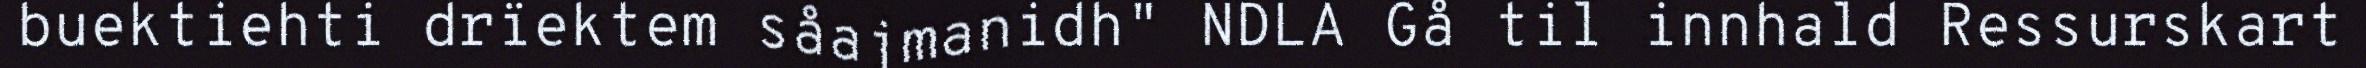
buektiehti drïektem såajmanidh" NDLA Gå til innhald Ressurskart